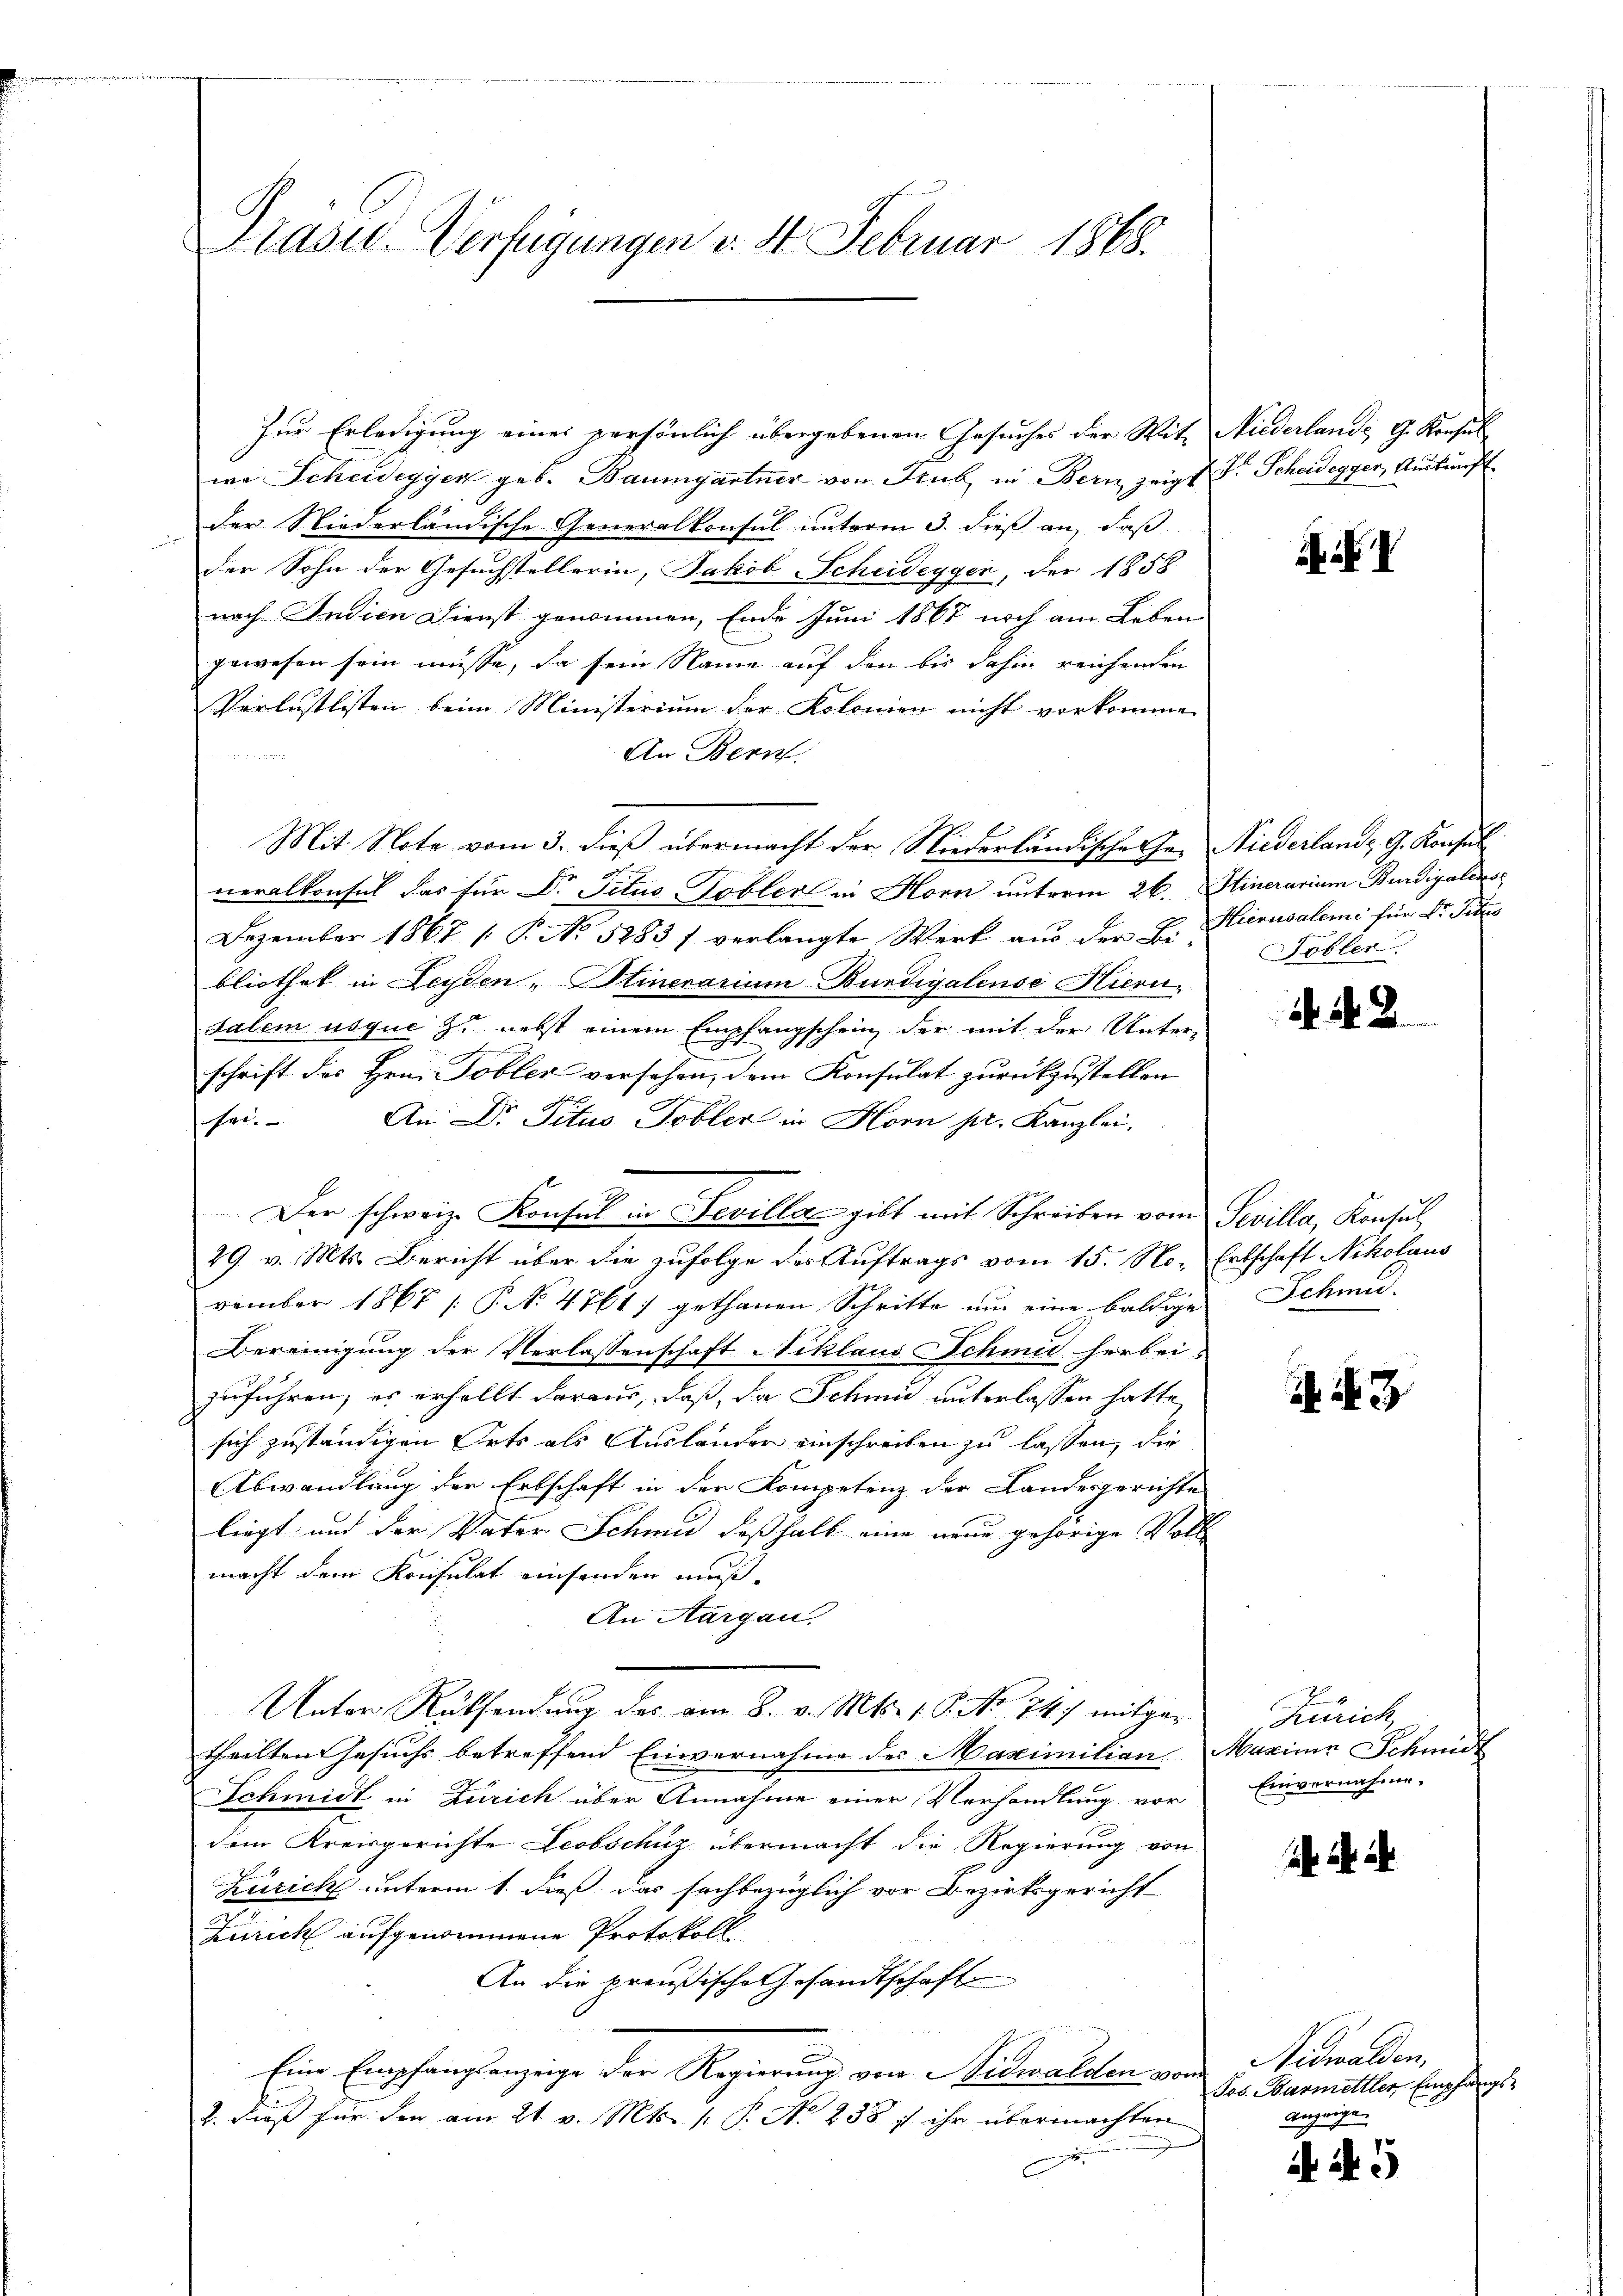
Präved-Verfügungen v. 4. Februar 1868.

Zur Erledigung eines persönlich übergebenen Gesuches der Wit- Niederlande G. Konsul
wa Scheidegyen geb. Baumgartner von Sub in Bern zeigt Dr. Scheidegger, Auskunft
Der Niederländische Generalkonsul unterm 3. dieß an, daß
der Sohn der Gesuchstellerin, Jakob Scheidegger, der 1858
nach Indien Dienst genommen, Ende Juni 1867 noch am Leben
gewesen sein müsse, da sein Name auf den bis dahin reichenden
Verlustlisten beim Ministerium der Kolonien nicht vorkomme.
An Bern,
   Beitr
Mit Note vom 3. dieß übermacht der Niederländische Ge- Niederlande G. Konsul
neralkonsul das für Dr. Titus Tobler in Horn unterm 26. Stinerarium Burdigalense
Dezember 1867 (: P. No 5283 f verlangte Werk aus der B. Hierusaleme für Dr. Pitzes
bliothek in Leyden - Hinerarium Bundigalense Hieri
Salem usque zu nebst einem Empfangschein, der mit der Unterschrift des Hrn. Tobler versehen, dem Konsulat zurückzustellen
s
sei. An Dr. Actus Tobler in Horn pr. Kanzlei,
Der schweiz. Konsul in Fevilla gibt mit Schreiben vom Sevilla, Konsul
29. v. Mts. Bericht über die zufolge der Auftrags vom 15. No- Entschaft Ackolaus
vember 1867 / P. No 4761) gethanen Schritte um eine baldige Schmu-
Bereinigung der Verlassenschaft Niklaus Schmid herbei
zuführen, es erhellt daraus, daß, da Schmid unterlassen hatte,
sich zuständigen Orts als Ausländer einschreiben zu lassen, die
Abwandlung der Erbschaft in der Kompetenz der Landesgerichte
liegt und der Vater Schmid deßhalb eine neue gehörige Voll
macht dem Konsulat einsenden muß.
An Aargau.
Unter Rücksendung des am 8. v. Mts. 1. P. No 74) mitgetheilten Gesuchs betreffend Einvernahme des Maximilian Maxime Schmidt
Schmidt in Zürich über Annahme einer Verhandlung vor
dem Kreisgerichte Leobschüz übermacht die Regierung von
Zürich unterm 1. dieß das sachbezüglich vor Bezirksgericht
Zürich aufgenommene Protokoll
An die preußische Gesandtschaft
Eine Empfangsanzige der Regierung von Nidwalden vom
2. dieß für den am 21. v. Mts. 1. P. No 238 f ihr übermachten
e

A

Tobler

N. 2

N. 3

Zürich
Einvernahme.

a. a.

Nidwalden.
Jos. Barmettler Empfangs¬
Anzeigen

i N. 5